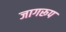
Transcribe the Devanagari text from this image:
जागरूप